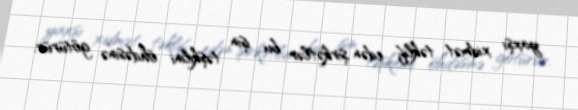
yaxşı xidmət təklif edən şirkətlər bu işin təşkilini öhdəsinə götürür.